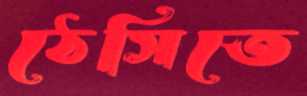
ঠেসিতে